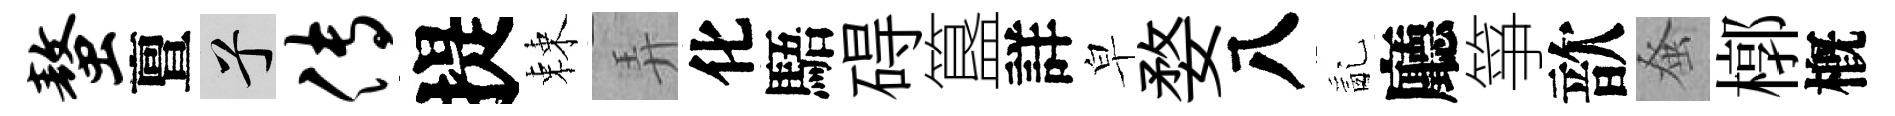
螯亶兮传提棘弄化䮏碍簋詳皁婺八亂廳箏歆𫊫槨槪